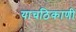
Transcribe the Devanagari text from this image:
याचठिकाणी